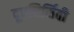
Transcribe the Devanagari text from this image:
दूधनिर्मिती